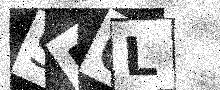
Text: SM0L